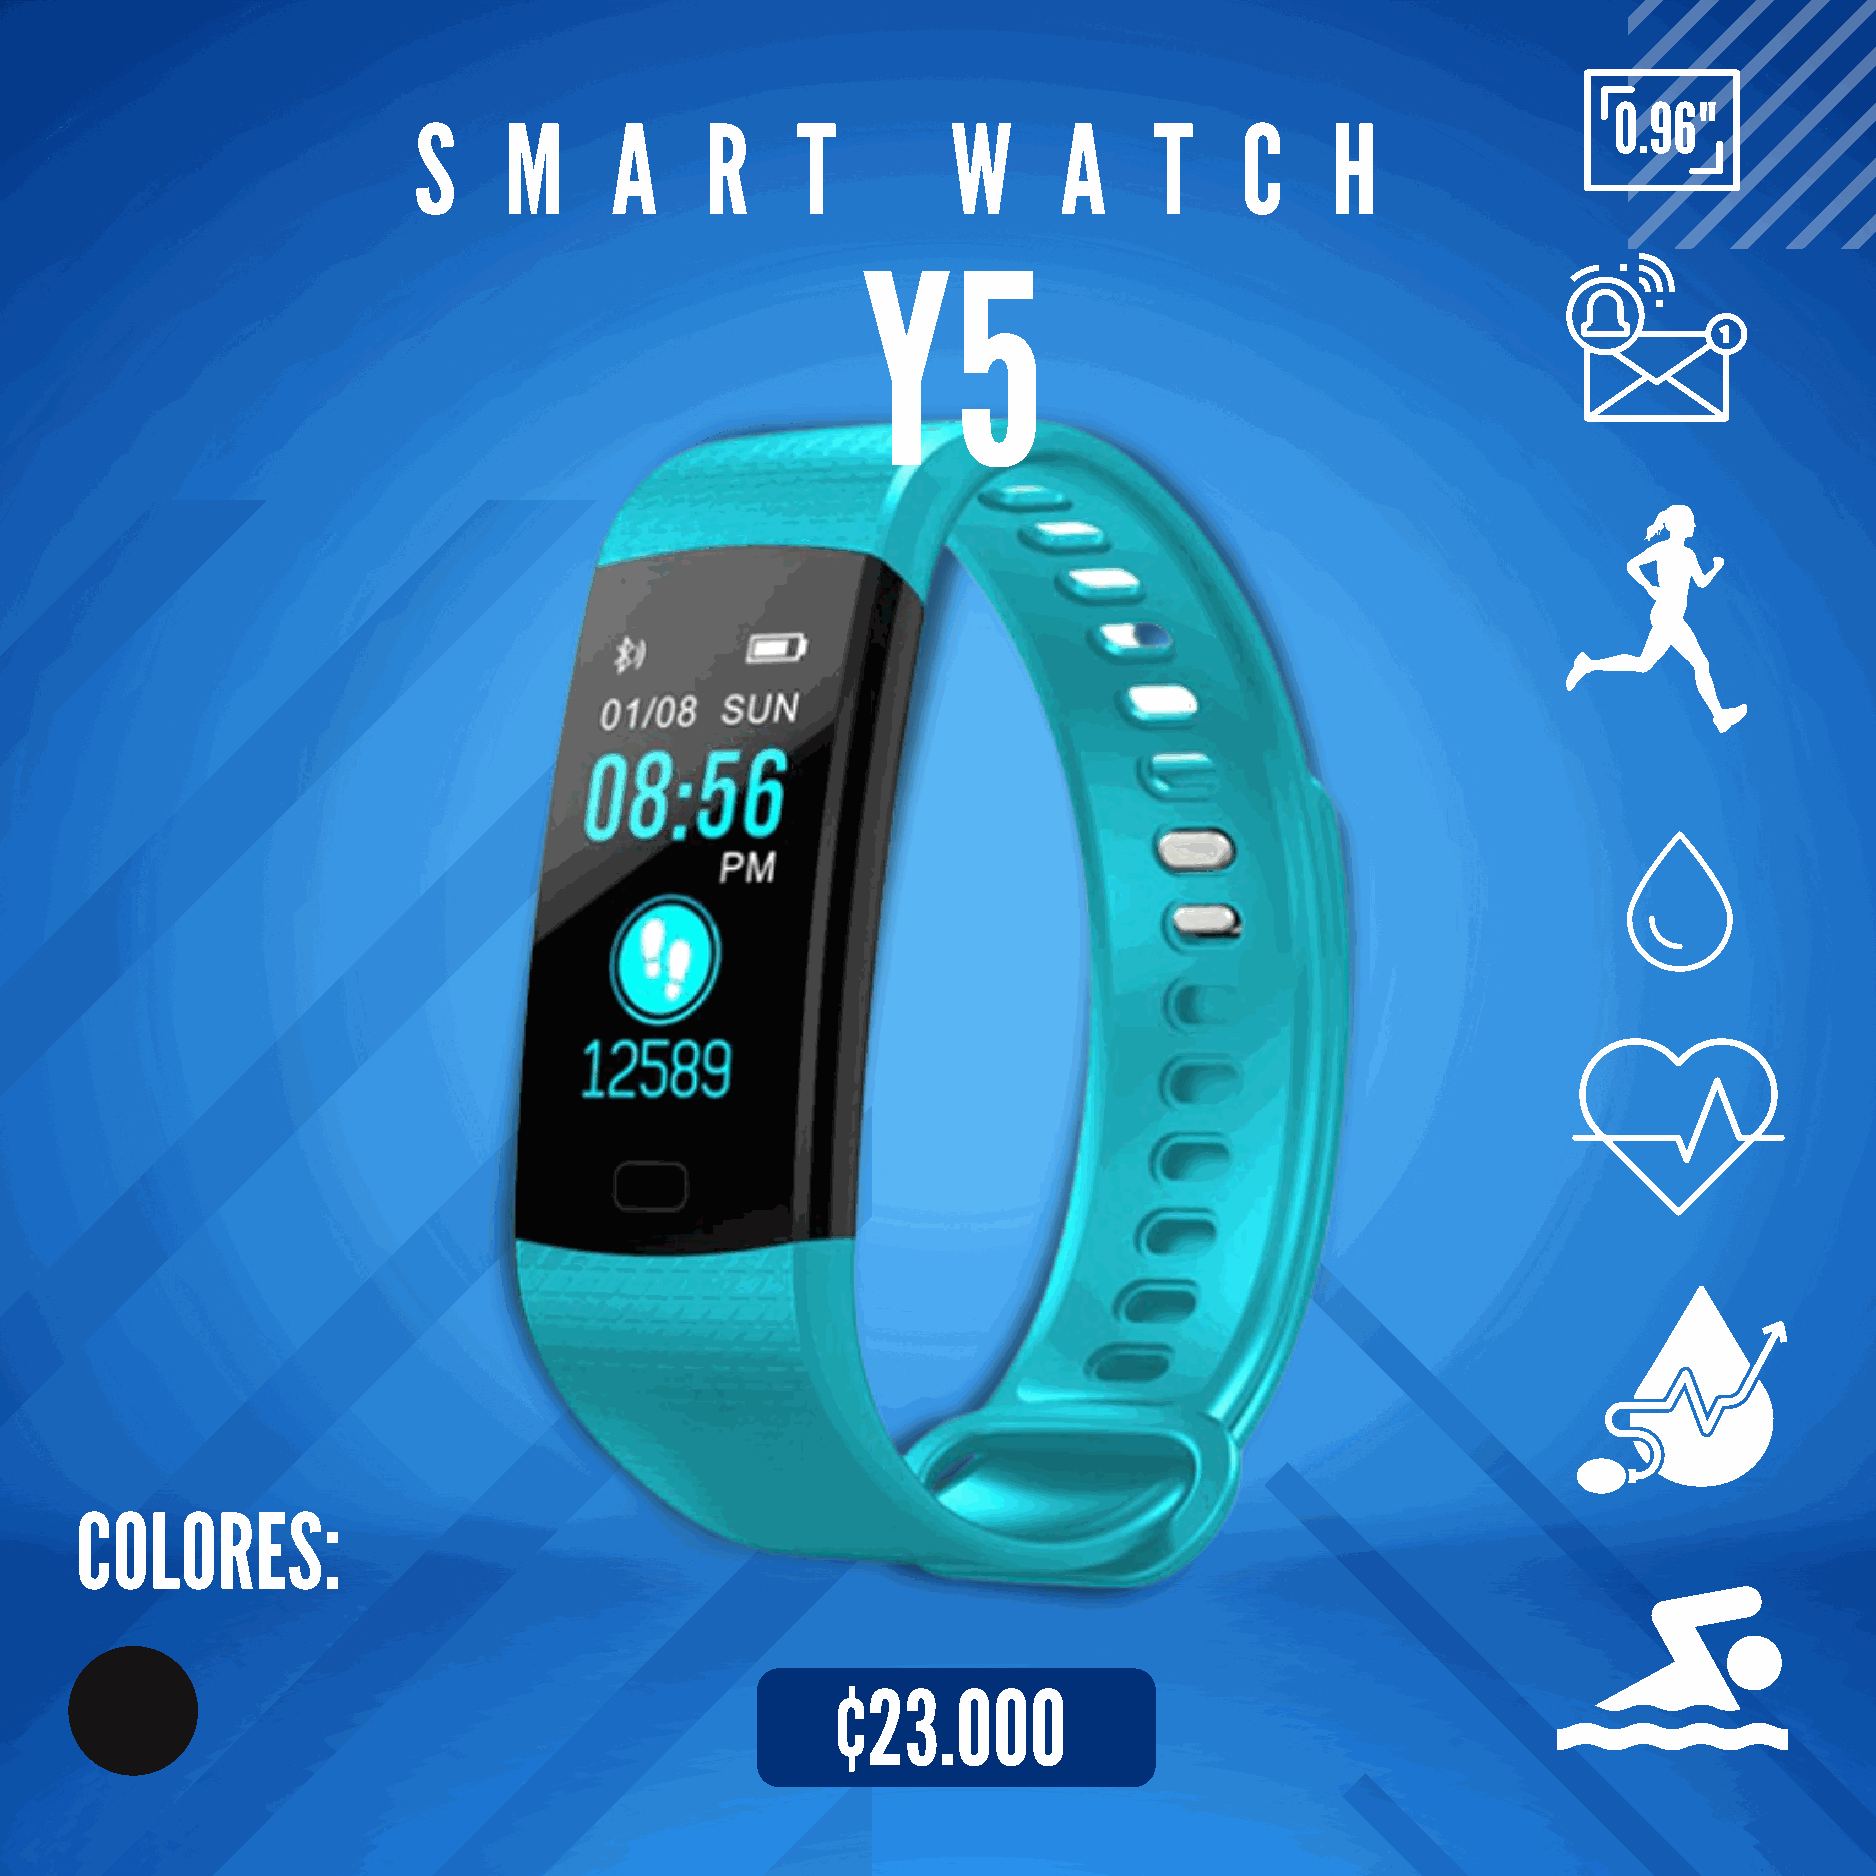
0.96"
 S     M      A      R     T         W      A     T     C     H
 Y5
 COLORES:
 ¢23.000